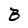
Character: B